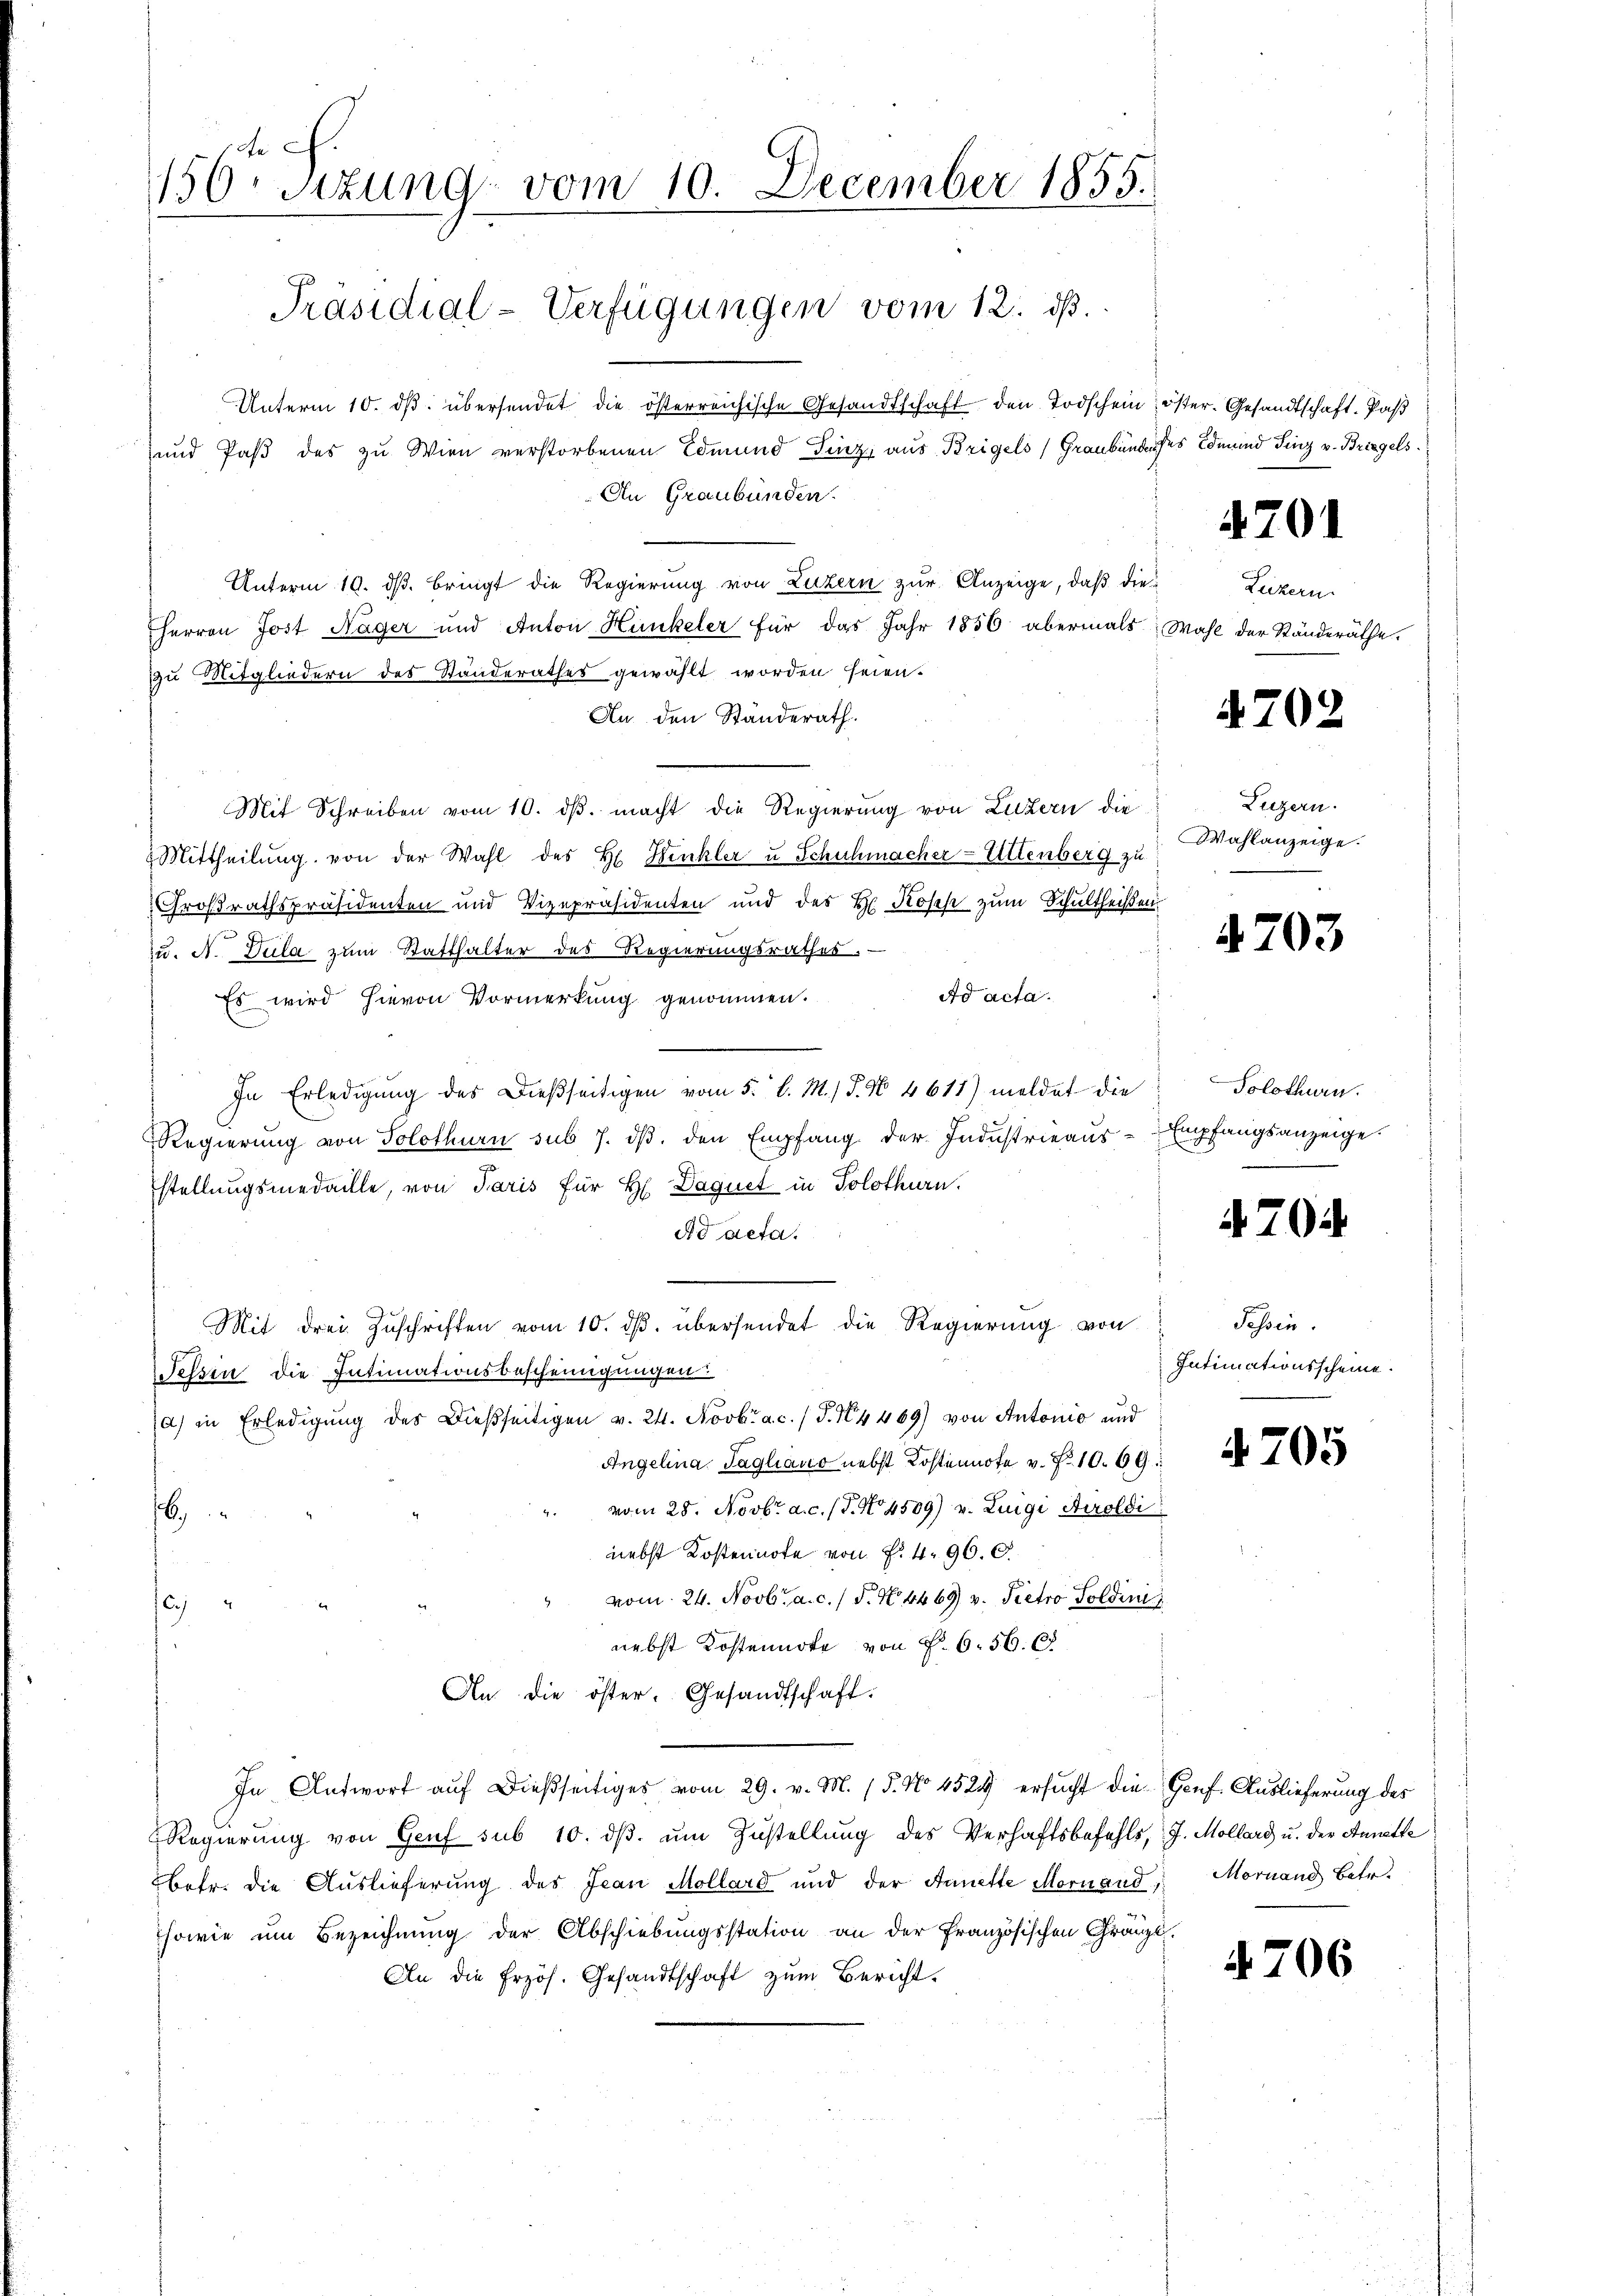
150. Sizung vom 10. December 1855.

Unterm 10. ds. übersendet die österreichische Gesandtschaft den Todschein öster. Gesandtschaft, Pas
und Paß des zu Wien verstorbenen Edmund Linz, aus Brigels Graubünden
An Graubünden.
Unterm 10. dβ. bringt die Regierung von Luzern zŭr Anzeige, daβ die Luzern
Herren Jost Hager und Anton Hunkeler für das Jahr 1856 abermals Wahl der Ständeräthe.
zu Mitgliedern des Standerathes gewählt worden seien.
An den Ständerath.
Mit Schreiben vom 10. ds. macht die Regierung von Luzern die
Mittheilŭng von der Wahl des H. Winkler u Schuhmacher-Uttenberg zu
Großrathspräsidenten und Vizepräsidenten und des H. Roses zum Schultheißen
9
zu. A. Dula zum Statthalter des Regierungsrathes. —
Ad acta.
Es wird hievon Vormerkung genommen.
In Erledigung des Dießseitigen vom 5. d. M.) J. N. 4611) meldet die
Regierŭng von Solothurn sub 7. dβ. den Empfang der Indŭstrieaŭs Empfangsanzeige.
stellungsmedaille, von Paris für H Daquet in Solothurn.
dd acta.
e
Mit drei Zŭschriften vom 10. dβ. übersendet die Regierung von
Tessin die Intimationsbescheinigungen:
(a) in Erledigŭng des dießseitigen v. 24. Novbr a.c. (T. 4469) von Antonio und
Angelina Tagliano nebst Kostennote v. N. 10. 69
vom 28. Novbr. a. c. (T. No. 4509) v. Luigi Airoldi
.
nebst Kostennote von P. 4. 96. C.
vom 24. Novbr. a. c. / S. N. 4469 v. Pietro Poldini

nebst Kostennote von §. 6. 56. 68
An die öster. Gesandtschaft.
In Antwort auf dießseitiges vom 29. v. M. (§. No 4524 ersucht die Genf Auslieferung des
Regierŭng von Genf sub 10. dβ. ŭm Zŭstellŭng des Verhaftsbefehls, J. Mollard u. der Annette
betr. die Auslieferung des Jean Mollard und der Annette Mornand, Mornand Betr.
sowie um Bezeichnung der Abschiebungsstation an der Französischen Gränzl
An die frzös. Gesandtschaft zum Bericht.

Präsidial-Verfügungen vom 12. ds.

es Edmund Linz v. Briegels

4701

4702

Luzern.
Wahlanzeige.

4703

Solothurn.

4704

Tessin.
Intimationsscheine

4705

4706